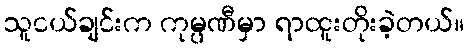
သူငယ်ချင်းက ကုမ္ပဏီမှာ ရာထူးတိုးခဲ့တယ်။